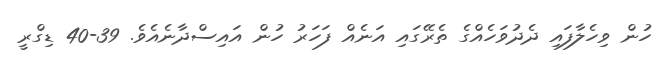
ހުން ވިހެލާފައި ދެދުވަހެއްގެ ތެރޭގައި އަނެއް ފަހަރު ހުން އައިސްދާނެއެވެ. 39-40 ޑިގްރީ